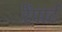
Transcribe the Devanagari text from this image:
रैंपार्ट